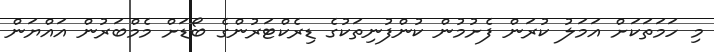
މި ހަމަތަކަށް އަމަލު ކުރަން ފެށުމުން ކުންފުނިތަކުގެ ޑިރެކްޓަރުންގެ ބޯޑަށް މެމްބަރުން އައްޔަން